Sanitation, dispensaries and jails vaccination Rajputana 1922-1927 - 1922-1927
Year: 1922
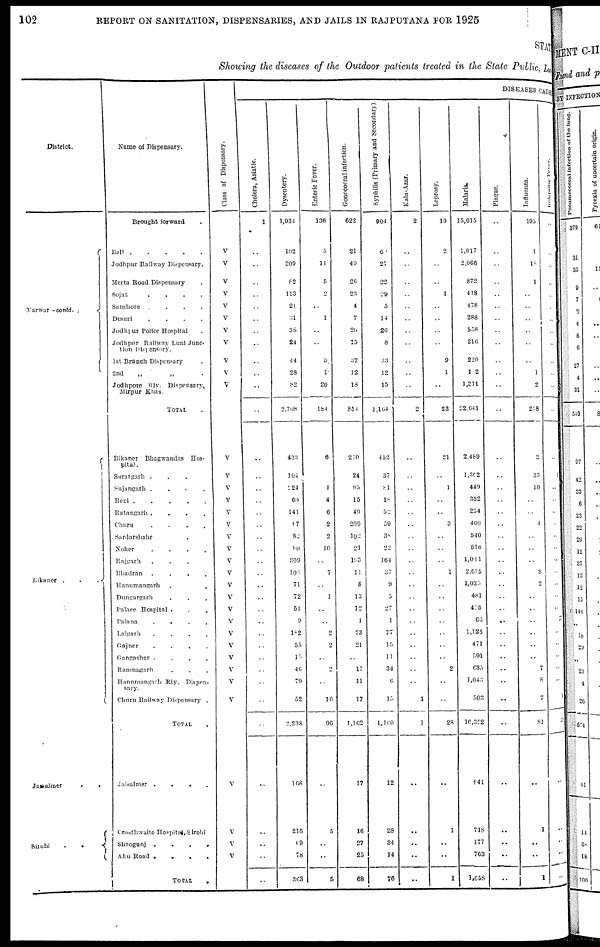
102
REPORT ON SANITATION, DISPENSARIES, AND JAILS IN RAJPUTANA FOR 1925
STAT
Showing the diseases of the Outdoor patients treated in the State Public Local
District.
Marwar -contd.
.ikaner
.
.
.
Jaisalmer ..
Sirohi..
Name of Dispensary.
Brought forward.
Bali
Jodhpur Railway Dispensary.
Merta Road Dispensary .
Sojat
.
.
.
.
Sanchore
.
.
.
.
Desuri
.
.
.
.
Jodhpur Police Hospital .
Jodhpur Railway Luni Junc-
tion 1 Dispensary.
1st Branch Dispensary .
2nd
„
„ .
Jodhpore Rly. Dispensary,
Mirpur Khas.
TOTAL .
Bikaner Bhagwandas Hos-
pital.
Suratgarh ...
Sujangarh
.
.
.
.
Reni .
.
.
.
.
Ratangarh
.
.
.
.
Churu
....
Sardarshahr .
Noher
.
Rajgarh ...
Bhadran
.
.
.
.
Hanumangarh ..
Dungargarh ...
Palace Hospital ...
Palana....
Lalgarh
.
.
.
.
Gajner
.
.
.
.
Gangasher ....
Ramnagarh ...
Hanumangarh
Rly. Dispen-
sary.
Churu Railway Dispensary .
TOTAL.
Jaisalmer
.
.
.
.
Crosthwaite Hospital, Sirohi
Sheogunj
.
.
.
.
Abu Road
.
.
.
.
TOTAL.
Class of Dispensary.
V
V
V
V
V
V
V
V
V
V
V
V
V
V
V
V
V
V
V
V
V
V
V
V
V
V
V
V
V
V
V
V
V
V
V
DISEASES CAUSE
Cholera, Asiatic.
1
..
..
..
..
..
..
..
..
..
..
..
..
..
..
..
..
..
..
..
..
..
..
..
..
..
..
..
..
..
..
..
..
..
..
..
..
..
..
Dysentery.
1,934
102
209
82
113
21
31
38
24
44
28
82
2,708
433
104
224
69
141
67
82
80
309
106
71
72
51
9
182
55
15
46
79
52
2,238
168
216
69
78
363
Enteric Fever.
136
5
11
5
2
..
1
..
..
3
1
20
184
6
..
1
4
6
2
2
10
..
7
..
1
..
..
2
2
..
2
..
16
96
..
5
..
..
5
Gonococcal infection.
622
21
49
26
23
4
7
20
15
37
12
18
851
270
24
95
15
49
209
102
21
103
11
8
13
12
1
73
21
..
17
11
17
1,162
17
16
27
25
68
Syphilis (Primary and Secondary).
904
60
27
22
29
5
14
26
8
33
12
15
1,164
452
37
81
18
52
59
38
22
164
37
9
5
27
1
77
15
11
34
6
15
1,160
12
28
34
14
76
Kala-Azar.
2
..
..
..
..
..
..
..
..
..
..
..
2
..
..
..
..
..
..
..
..
..
..
..
..
..
..
..
..
..
..
..
1
1
..
..
..
..
..
Leprosy.
10
2
..
..
1
..
..
..
..
9
1
..
23
21
..
1
..
..
3
..
..
..
1
..
..
..
..
..
..
..
2
..
..
28
..
1
..
..
1
Malaria.
15,015
1,017
2,066
872
418
478
288
558
216
220
102
1,311
22,641
2,489
1,362
449
352
254
400
540
516
1,011
2,615
1,035
48l
418
63
1,126
471
591
635
1,043
503
16,352
841
718
177
763
1,058
Plague.
..
..
..
..
..
..
..
..
..
..
..
..
..
..
..
..
..
..
..
..
..
..
..
..
..
..
..
..
..
..
..
..
..
..
..
..
..
..
..
Influenza.
195
1
18
1
..
..
..
..
..
..
1
2
218
2
33
10
..
..
4
..
..
..
8
2
..
..
..
..
..
..
7
8
7
81
..
1
..
..
1
Relapsing fever.
..
..
..
..
..
..
..
..
..
..
..
..
..
..
1
..
..
..
..
..
..
..
..
..
..
..
..
..
..
..
..
..
1
..
..
..
..
..
..